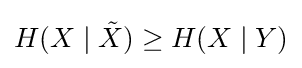
H(X\mid {\tilde {X}})\geq H(X\mid Y)